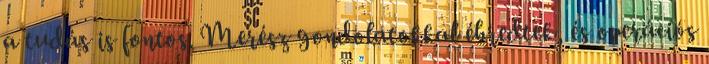
a tudás is fontos. Merész gondolatokkal ébredtek, és operációs